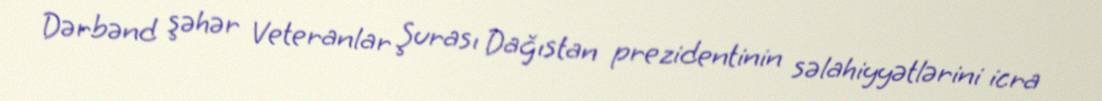
Dərbənd şəhər Veteranlar Şurası Dağıstan prezidentinin səlahiyyətlərini icra